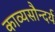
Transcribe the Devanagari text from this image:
काव्यसौन्दर्य